Aleksander_Warma, lk 34
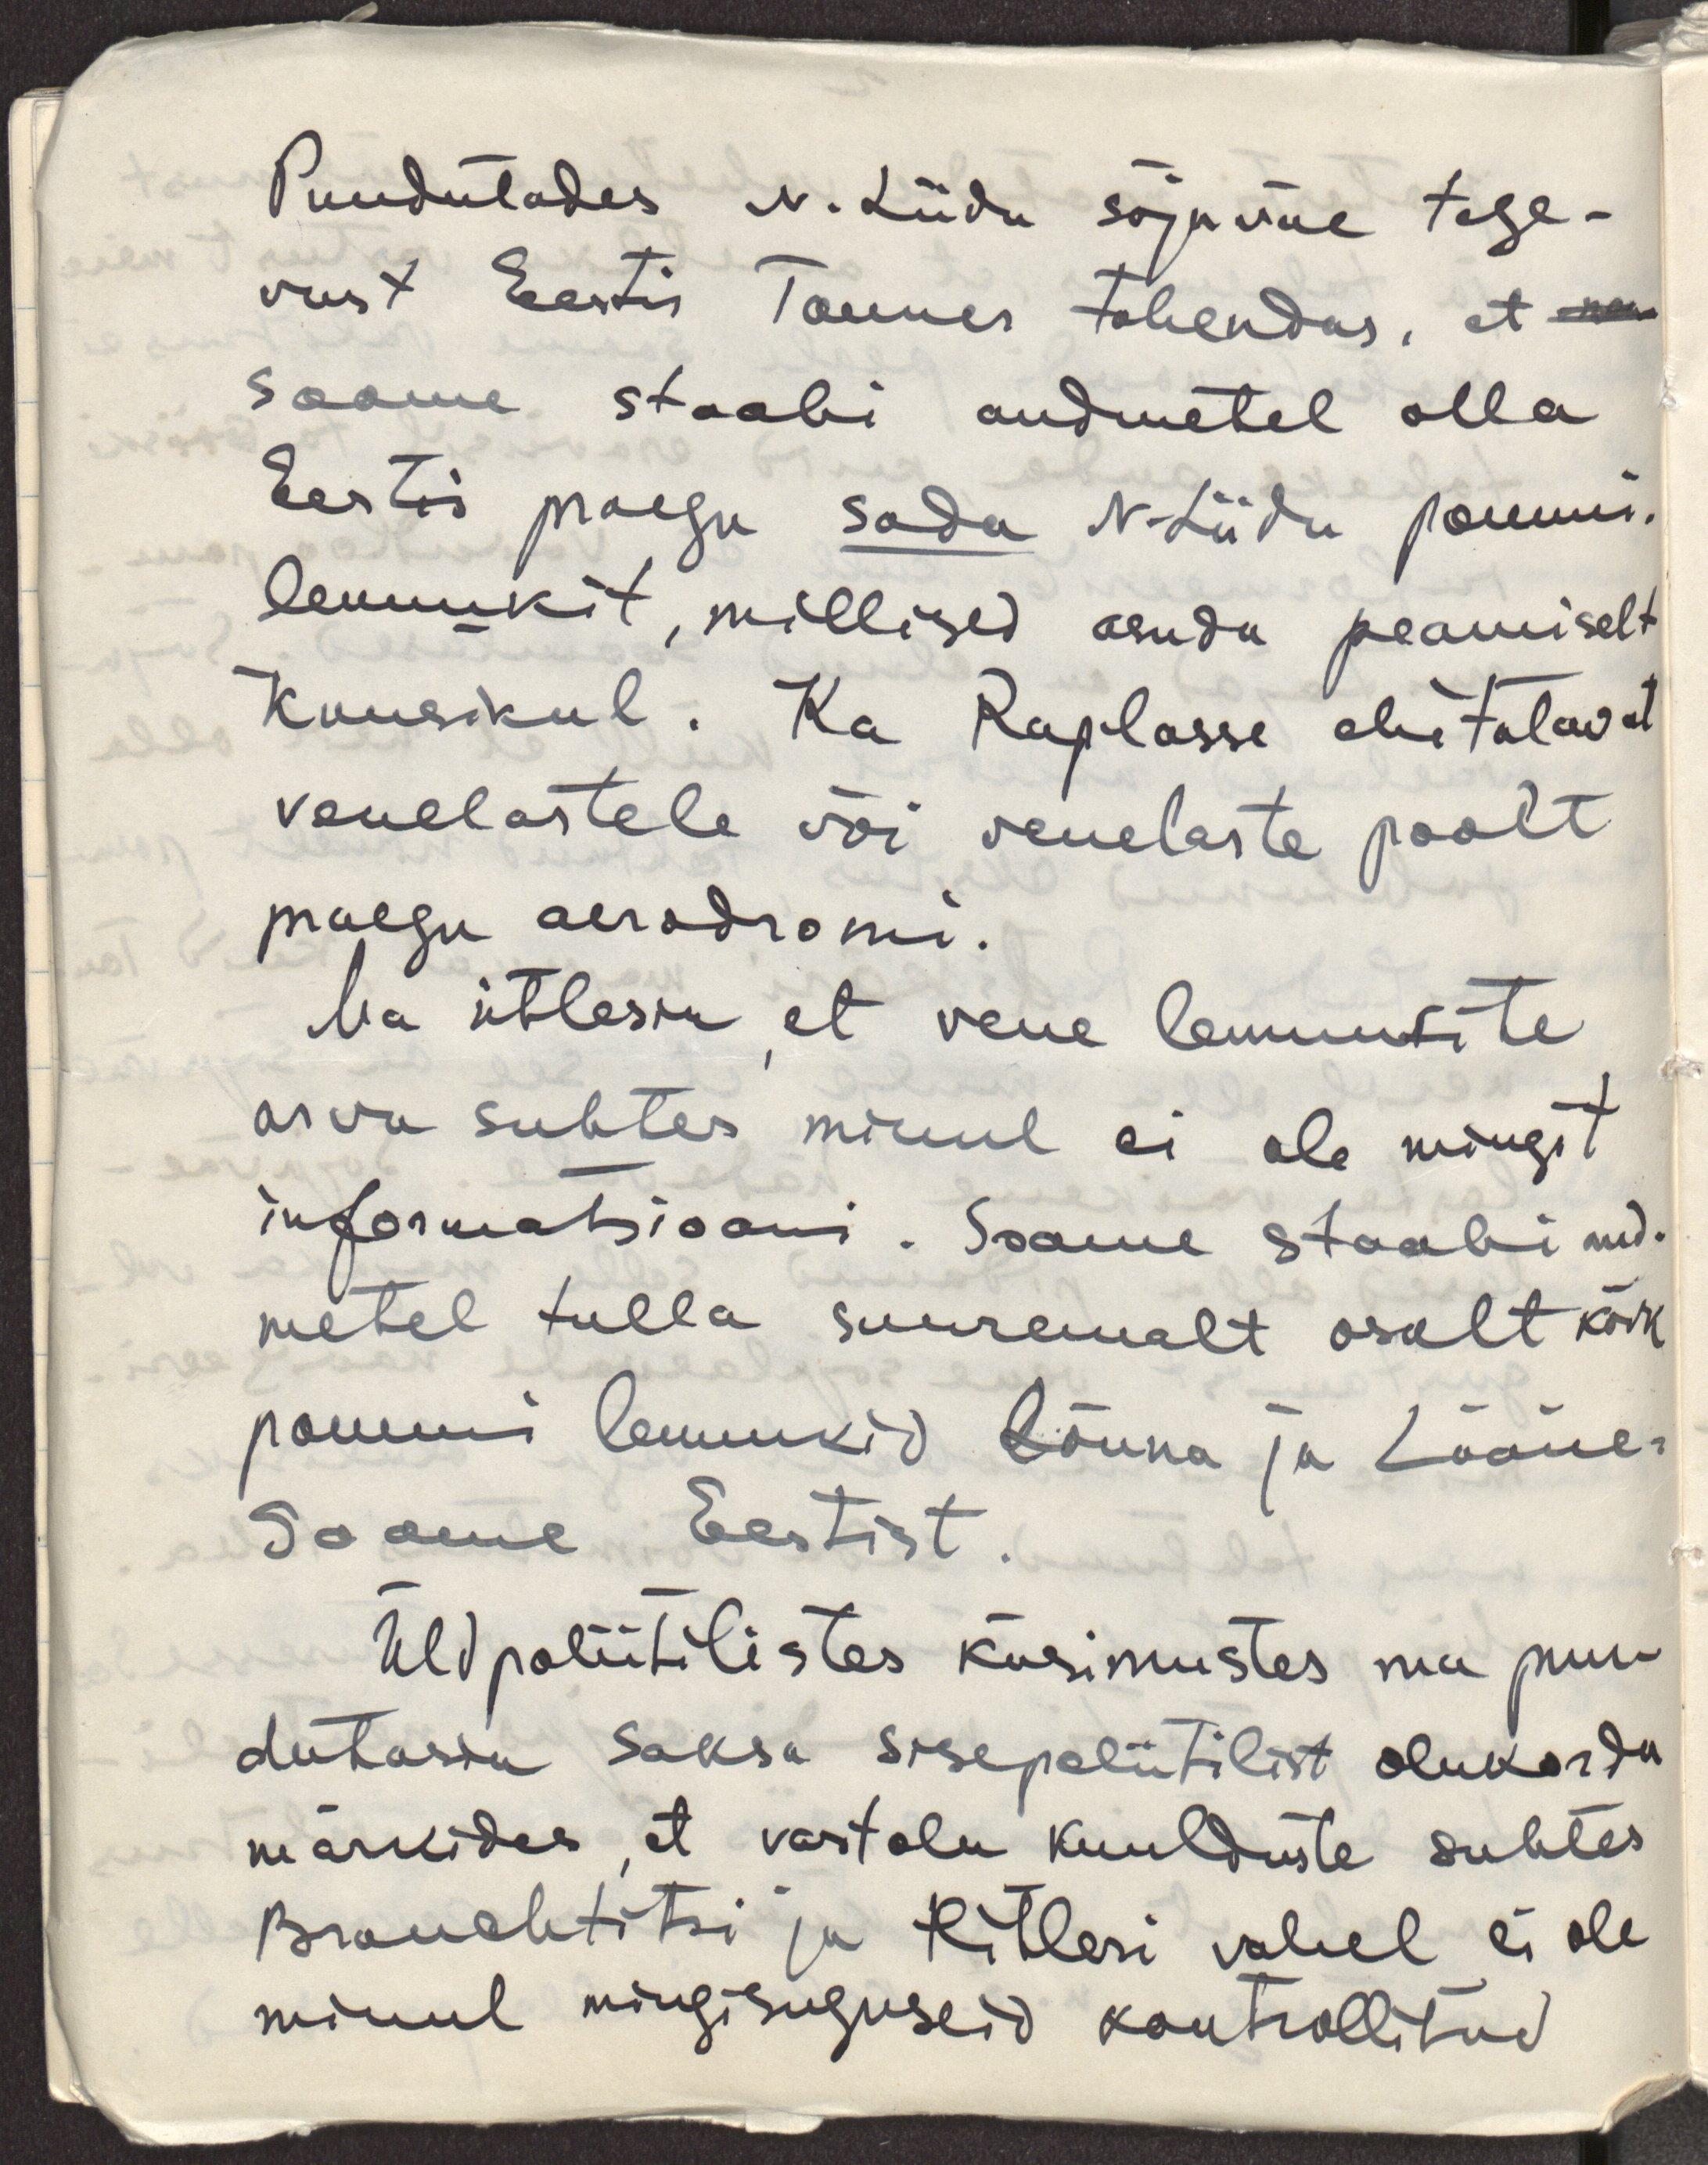
Puudutades N.Liidu sõjaväe tege-
vust Eestis Tanner tähendas, et
Soome staabi andmetel olla
Eestis praegu sada N.Liidu pommi-
lennukit, millised asuda peamiselt
Kuusikul. Ka Raplasse ehitatavat
venelastele või venelaste poolt
praegu aerodromi.
Ma ütlesin, et vene lennukite
arvu suhtes minul ei ole mingit
informatsiooni. Soome staabi and-
metel tulla suuremalt osalt kõik
pommi lennukid Lõuna ja Lääne-
Soome Eestist.
Üldpoliitilistes küsimustes ma puu-
dutasin saksa sisepoliitilist olukorda
märkides, et vastolu kuulduste suhtes
Brauchtitsi ja Hitleri vahel ei ole
minul mingisuguseid kontrollitud